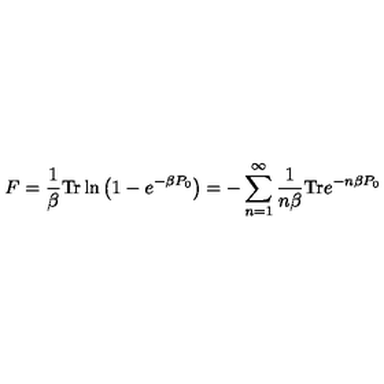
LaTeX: F = \frac { 1 } { \beta } \mathrm { T r } \ln \left( 1 - e ^ { - \beta P _ { 0 } } \right) = - \sum _ { n = 1 } ^ { \infty } \frac { 1 } { n \beta } \mathrm { T r } e ^ { - n \beta P _ { 0 } }